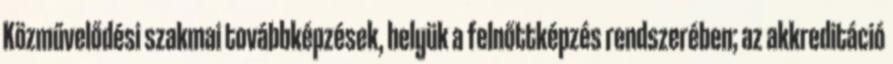
Közművelődési szakmai továbbképzések, helyük a felnőttképzés rendszerében; az akkreditáció